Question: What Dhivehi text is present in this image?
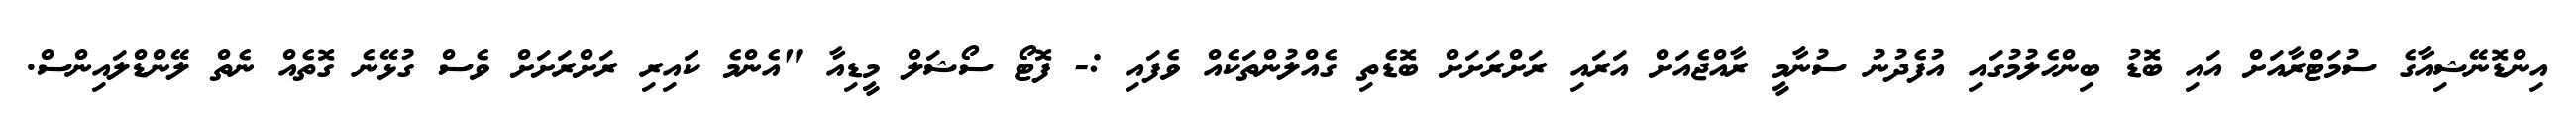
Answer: އިންޑޮނޭޝިއާގެ ސުމަޓްރާއަށް އައި ބޮޑު ބިންހެލުމުގައި އުފެދުނު ސުނާމީ ރާއްޖެއަށް އަރައި ރަށްރަށަށް ބޮޑެތި ގެއްލުންތަކެއް ވެފައި :- ފޮޓޯ ސޯޝަލް މީޑިއާ "އެންމެ ކައިރި ރަށްރަށަށް ވެސް ގުޅޭނެ ގޮތެއް ނެތް ލޭންޑްލައިންސް.